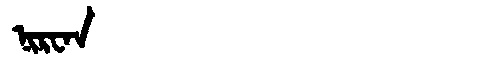
Manchu: ᠨᡳᡵᠸᠠᠨ
Romanization: NIRWAN